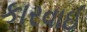
કારવાઈ